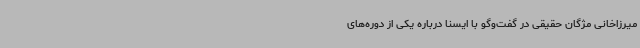
میرزاخانی مژگان حقیقی در گفت‌وگو با ایسنا درباره یکی از دوره‌های